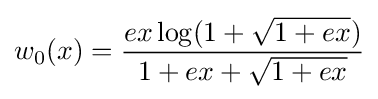
w_{0}(x)={\frac {ex\log(1+{\sqrt {1+ex}})}{1+ex+{\sqrt {1+ex}}}}